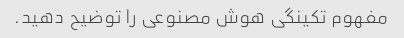
مفهوم تکینگی هوش مصنوعی را توضیح دهید.